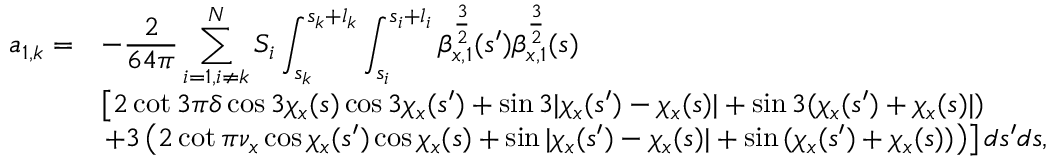
\begin{array} { c l } { \displaystyle a _ { 1 , k } = } & { \displaystyle - \frac { 2 } { 6 4 \pi } \sum _ { i = 1 , i \neq k } ^ { N } { S _ { i } \int _ { s _ { k } } ^ { s _ { k } + l _ { k } } { \int _ { s _ { i } } ^ { s _ { i } + l _ { i } } { \beta _ { x , 1 } ^ { \frac { 3 } { 2 } } ( s ^ { \prime } ) \beta _ { x , 1 } ^ { \frac { 3 } { 2 } } ( s ) } } } } \\ & { \displaystyle \left[ 2 \cot { 3 \pi \delta } \cos { 3 \chi _ { x } ( s ) } \cos { 3 \chi _ { x } ( s ^ { \prime } ) } + \sin { 3 | \chi _ { x } ( s ^ { \prime } ) - \chi _ { x } ( s ) | } + \sin { 3 ( \chi _ { x } ( s ^ { \prime } ) + \chi _ { x } ( s ) | ) } \right. } \\ & { \displaystyle \left. + 3 \left( 2 \cot { \pi \nu _ { x } } \cos { \chi _ { x } ( s ^ { \prime } ) } \cos { \chi _ { x } ( s ) } + \sin { | \chi _ { x } ( s ^ { \prime } ) - \chi _ { x } ( s ) | } + \sin { ( \chi _ { x } ( s ^ { \prime } ) + \chi _ { x } ( s ) ) } \right) \right] d s ^ { \prime } d s , } \end{array}